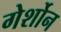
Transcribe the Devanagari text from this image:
गेर्शोन